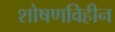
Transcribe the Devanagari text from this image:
शोषणविहीन